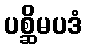
ပစ္ဆိမပဒံ